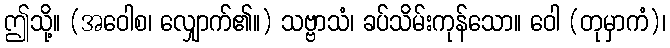
ဤသို့။ (အဝေါစ၊ လျှောက်၏။) သဗ္ဗာသံ၊ ခပ်သိမ်းကုန်သော။ ဝေါ (တုမှာကံ)၊